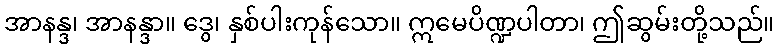
အာနန္ဒ၊ အာနန္ဒာ။ ဒွေ၊ နှစ်ပါးကုန်သော။ ဣမေပိဏ္ဍပါတာ၊ ဤဆွမ်းတို့သည်။